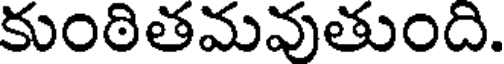
కుంఠితమవుతుంది.